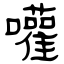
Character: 嚾